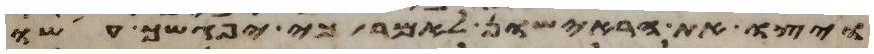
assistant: ויצו את הראישון לאמר כי יפגשך עשו